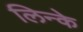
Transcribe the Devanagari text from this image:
लिन्के